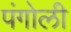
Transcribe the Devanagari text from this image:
पंगोली